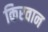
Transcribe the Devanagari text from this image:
किरवान